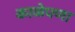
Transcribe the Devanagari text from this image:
काळेपणा